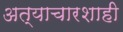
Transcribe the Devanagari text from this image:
अत्याचारशाही